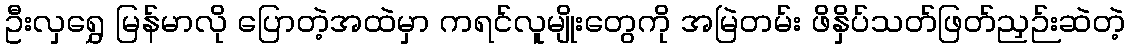
ဦးလှရွှေ မြန်မာလို ပြောတဲ့အထဲမှာ ကရင်လူမျိုးတွေကို အမြဲတမ်း ဖိနှိပ်သတ်ဖြတ်ညှဉ်းဆဲတဲ့